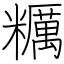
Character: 糲